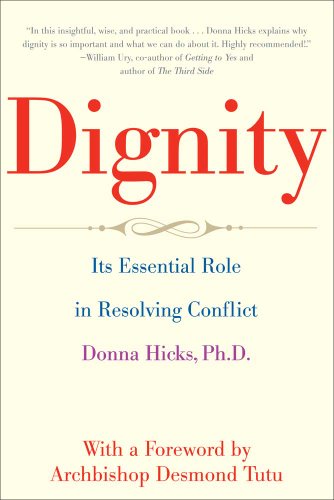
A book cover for Dignity: Its Essential Role in Resolving Conflict; Donna Hicks Ph.D; Medical Books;